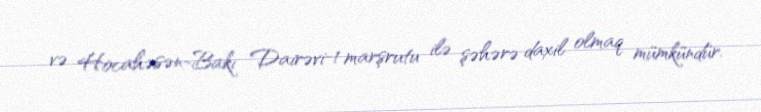
və Hocahəsən-Bakı Dairəvi-1 marşrutu ilə şəhərə daxil olmaq mümkündür.